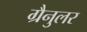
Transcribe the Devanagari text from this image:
ग्रैनुलर